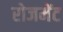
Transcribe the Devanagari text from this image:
रोजमेंट